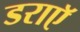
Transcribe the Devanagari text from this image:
डराएॅ